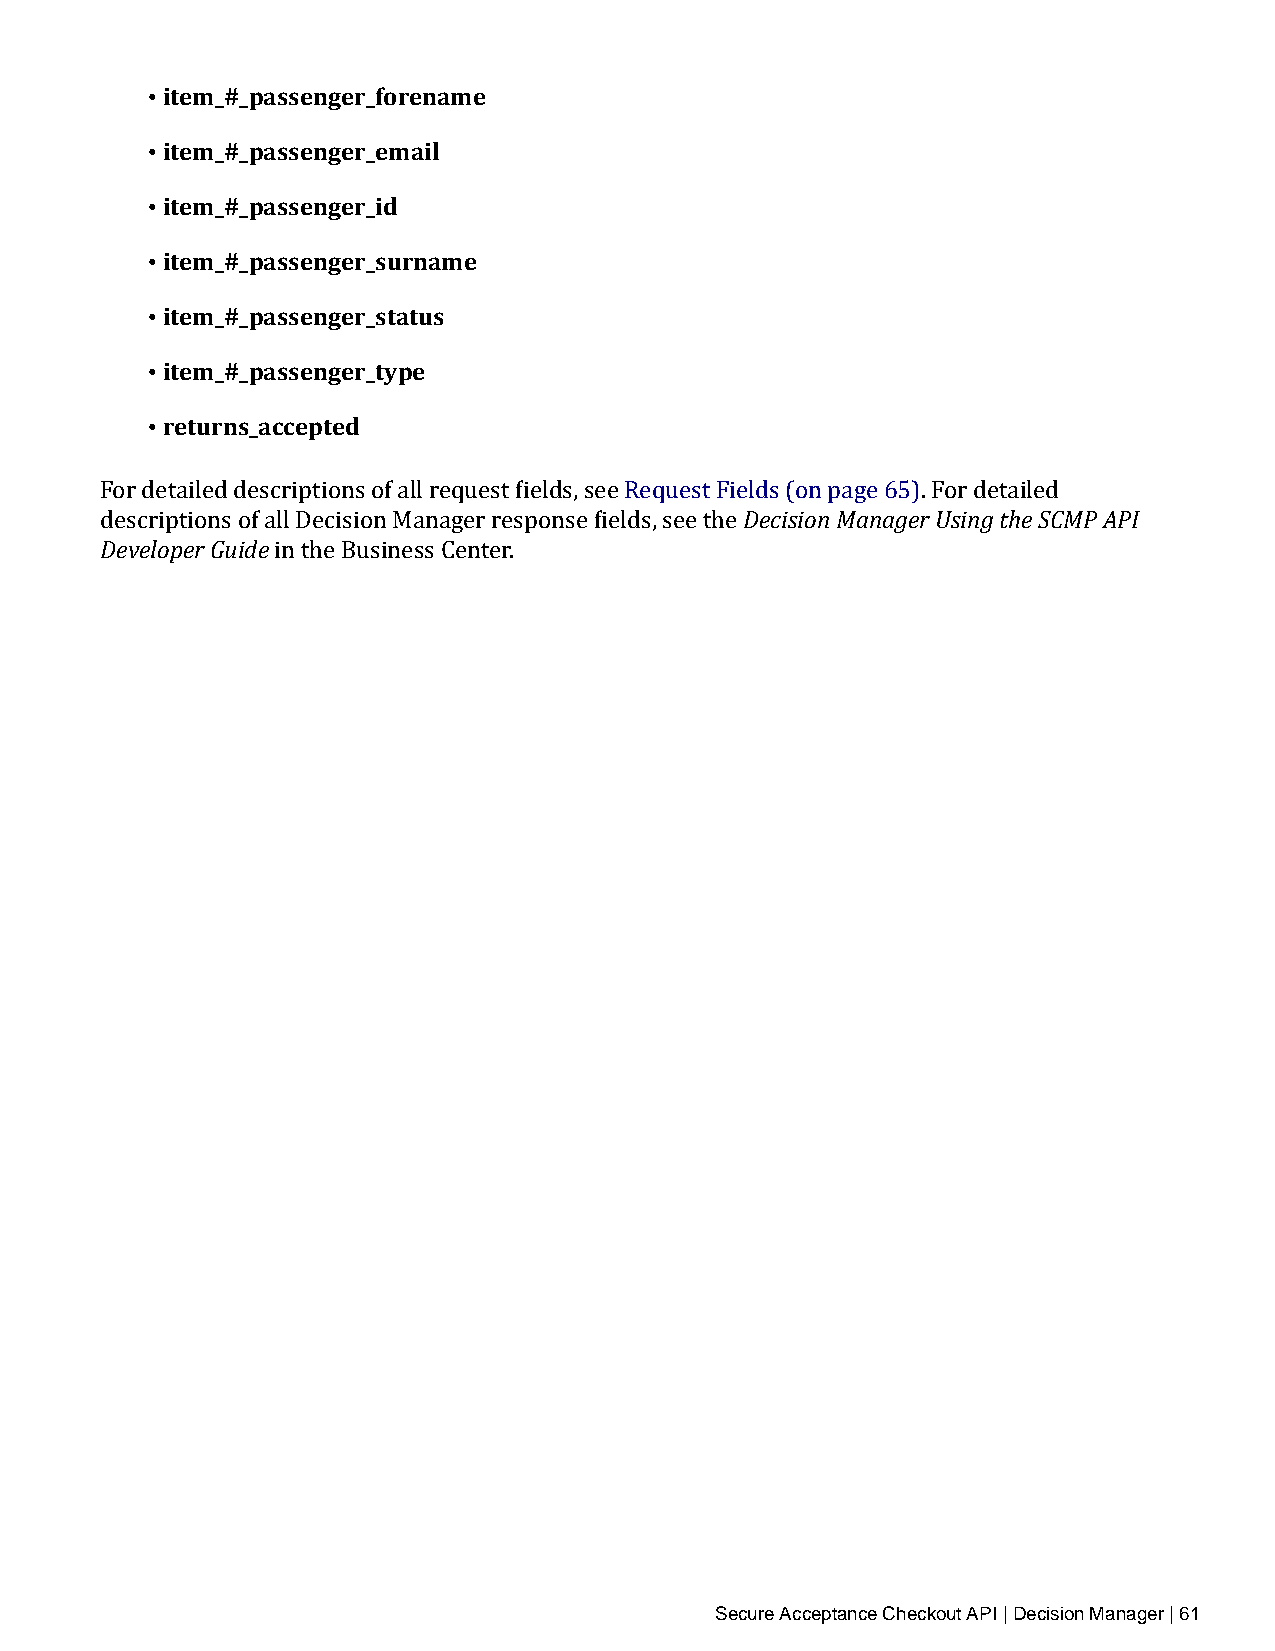
• item_#_passenger_forename
 • item_#_passenger_email
 • item_#_passenger_id
 • item_#_passenger_surname
 • item_#_passenger_status
 • item_#_passenger_type
 • returns_accepted
 Decision Manager Using the SCMP API
 FDoerv edleotpaeirle Gdu didees criptions of all request fields, see Request Fields (on page 65). For detailed
 descriptions of all Decision Manager response fields, see the
 in the Business Center.
 Secure Acceptance Checkout API | Decision Manager | 61